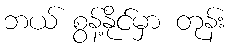
ဘယ် စွန့်နိုင်မှာ တုန်း